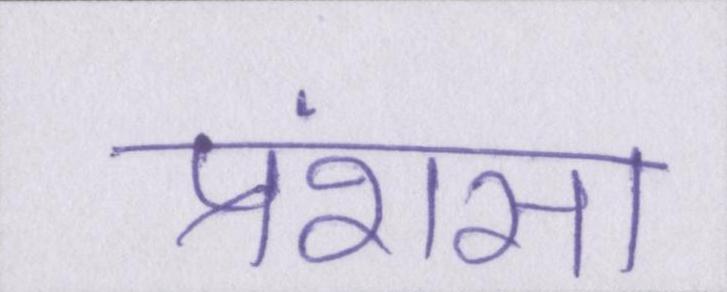
प्रंशसा